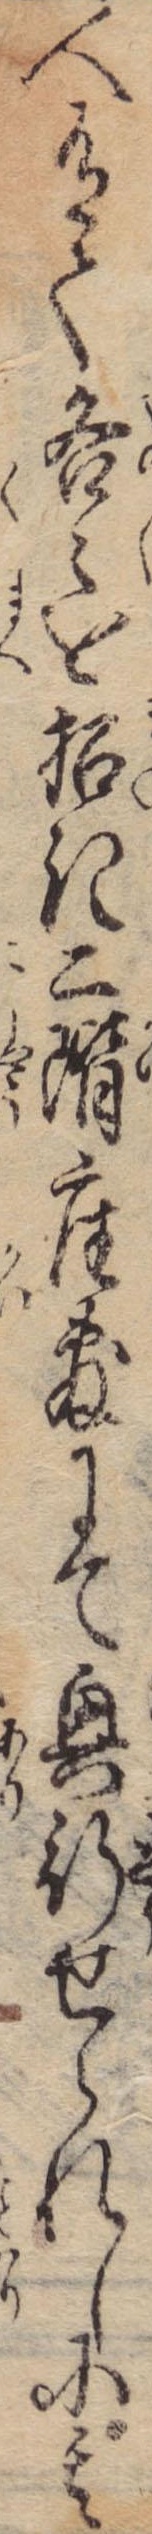
人有て各々を招き二階座敷にて興行せられしに其